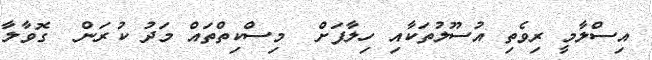
އިސްލާމީ ރިވެތި އުސޫލުތަކާއި ހިލާފަށް  މިސްކިތްތައް މަދު ކުރަން  ގޮވާލާ